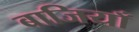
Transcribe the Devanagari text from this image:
बाजियाँ